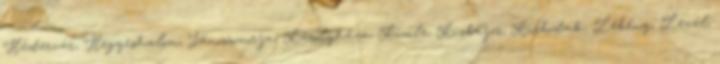
Hédervár, Hegyeshalom, Jánossomorja, Károlyháza, Kimle, Kisbajcs, Kisbodak, Lébény, Levél,